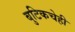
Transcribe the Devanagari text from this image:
बुटिकचेही